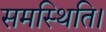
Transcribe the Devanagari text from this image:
समस्थिति।